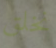
نخلق